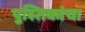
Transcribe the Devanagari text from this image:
पुस्तिकांचा